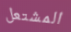
المشتعل